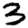
Digit: 3